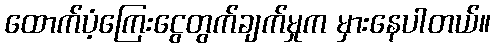
ထောက်ပံ့ကြေးငွေတွက်ချက်မှုက မှားနေပါတယ်။